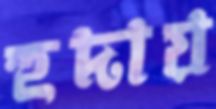
হুদায়